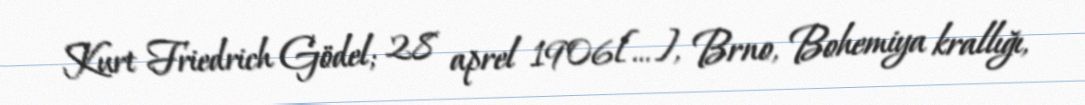
Kurt Friedrich Gödel; 28 aprel 1906[…], Brno, Bohemiya krallığı,